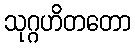
သုဂ္ဂဟိတတော